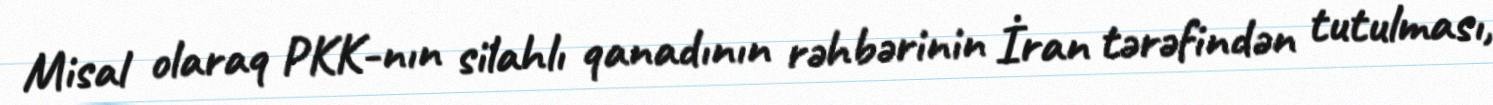
Misal olaraq PKK-nın silahlı qanadının rəhbərinin İran tərəfindən tutulması,